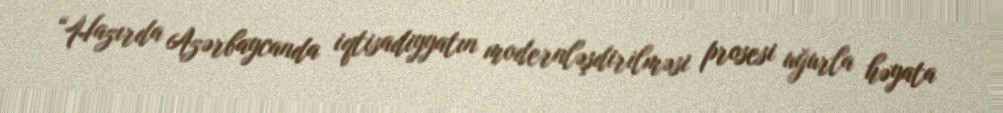
“Hazırda Azərbaycanda iqtisadiyyatın modernləşdirilməsi prosesi uğurla həyata